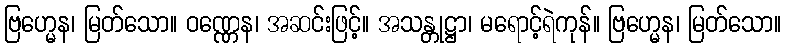
ဗြဟ္မေန၊ မြတ်သော။ ဝဏ္ဏေန၊ အဆင်းဖြင့်။ အသန္တုဋ္ဌာ၊ မရောင့်ရဲကုန်။ ဗြဟ္မေန၊ မြတ်သော။